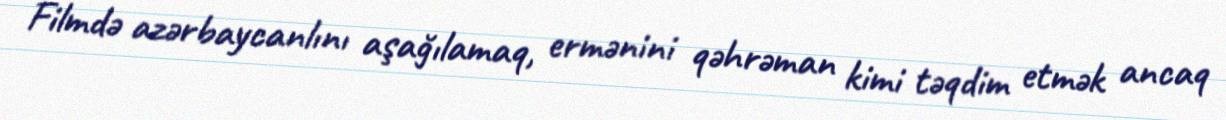
Filmdə azərbaycanlını aşağılamaq, ermənini qəhrəman kimi təqdim etmək ancaq